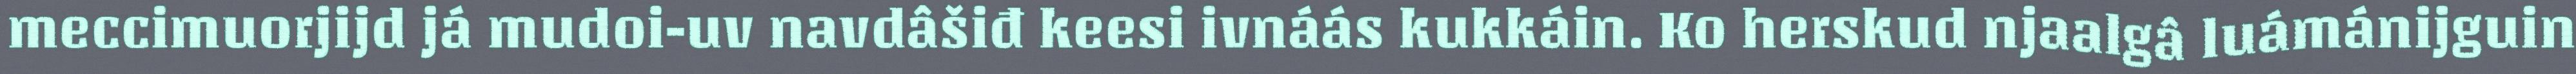
meccimuorjijd já mudoi-uv navdâšiđ keesi ivnáás kukkáin. Ko herskud njaalgâ luámánijguin